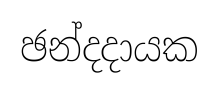
ඡන්දදායක